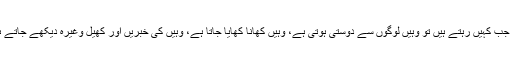
آپ جب کہیں رہتے ہیں تو وہیں لوگوں سے دوستی ہوتی ہے، وہیں کھانا کھایا جاتا ہے، وہیں کی خبریں اور کھیل وغیرہ دیکھے جاتے ہیں۔